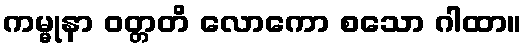
ကမ္မုနာ ဝတ္တတိ လောကော စသော ဂါထာ။